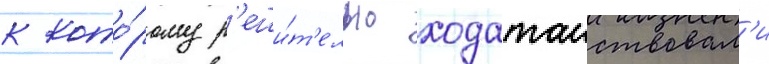
к кото́рому р'еши́т'ельно ходатаиствовал'и